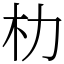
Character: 朸